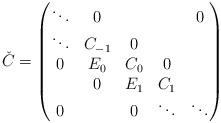
LaTeX: \begin{align*}\check{C} =\left( \begin{matrix} \ddots & 0& & &0\\ \ddots & C_{-1} & 0& &\\ 0 & E_0 & C_0 & 0 \\ & 0& E_1 & C_1 & \\ 0& & 0& \ddots &\ddots \end{matrix}\right)\end{align*}